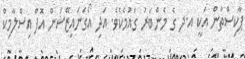
ޕާކިސްތާން އަކީ އ.ދ ގެ މެންބަރު ގައުމެކެވެ. އަދި އޯގަނައިޒޭޝަން އޮފް އިސްލާމިކް